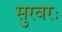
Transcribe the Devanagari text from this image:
सुरवरः